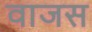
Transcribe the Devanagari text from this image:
वाजस